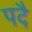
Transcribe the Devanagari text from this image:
पदै